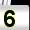
Digit: 5